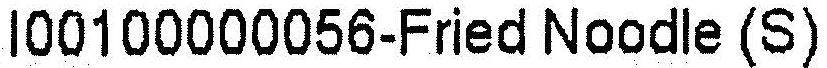
I00100000056-FRIED NOODLE (S)